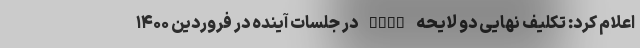
اعلام کرد: تکلیف نهایی دو لایحه FATF در جلسات آینده در فروردین ۱۴۰۰